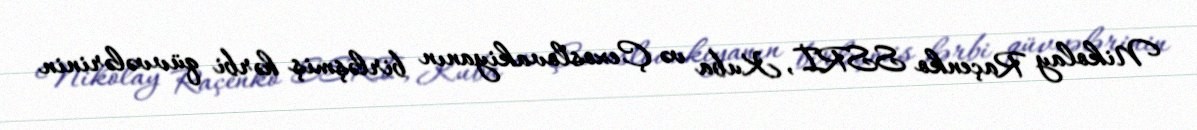
Nikolay Raçenko SSRİ, Kuba və Çexoslovakiyanın birləşmiş hərbi qüvvələrinin